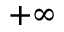
+ \infty